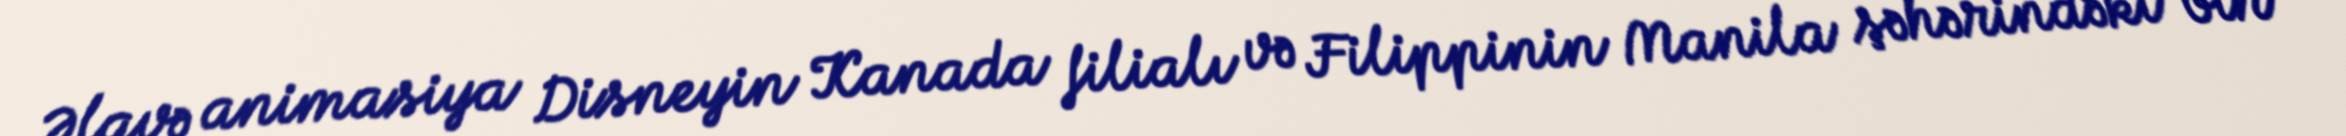
Əlavə animasiya Disneyin Kanada filialı və Filippinin Manila şəhərindəki bir